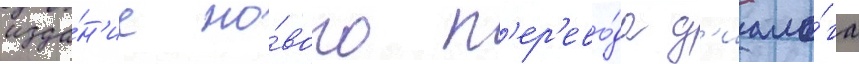
изда́н'ие но́вого п'ер'ево́да д'иало́га